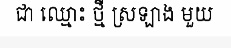
ជា ឈ្មោះ ថ្មី ស្រឡាង មួយ